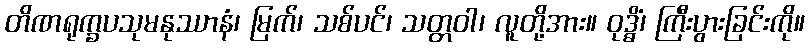
တိဏရုက္ခပသုမနုဿာနံ၊ မြက်၊ သစ်ပင်၊ သတ္တဝါ၊ လူတို့အား။ ဝုဒ္ဓိံ၊ ကြီးပွားခြင်းကို။